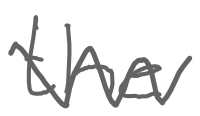
Text: the
Cross-out: zig-zag
Writing tool: digital_gray